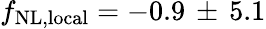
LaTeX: f_{\mathrm{NL,local}}=-0.9\, \pm\, 5.1